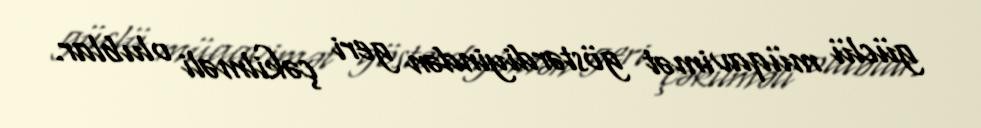
güclü müqavimət göstərdiyindən geri çəkilməli olublar.